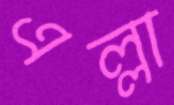
এল্লা